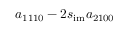
a _ { 1 1 1 0 } - 2 s _ { \mathrm { i m } } a _ { 2 1 0 0 }